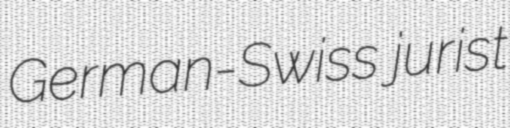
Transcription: German-Swiss jurist